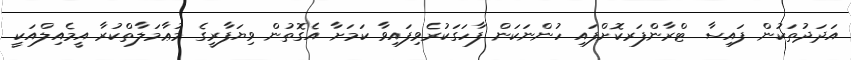
އަދަދުތަކުން ފައިސާ ޓްރާންފަރކޮށްފައި ހުންނަކަން ފާހަގަކުރެވިފައިވާ ކަމަށާ އެގޮތުން ވިޔަފާރީގެ މުޢާމަލާތްކުރާ އީމެއިލްއަކީ